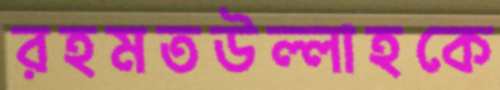
রহমতউল্লাহকে